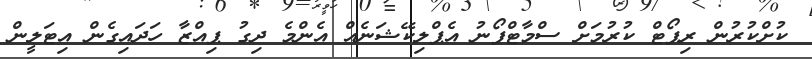
ކުށްކުރުން ރިޕޯޓް ކުރުމަށް ސްމާޓްފޯނު އެޕްލިކޭޝަނެއް އެންމެ ދިގު ޕިއްޒާ ހަދައިގެން އިޓަލީން